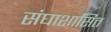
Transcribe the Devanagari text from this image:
संघाशासित